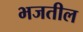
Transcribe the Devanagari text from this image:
भजतील